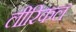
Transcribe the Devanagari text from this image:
लीरिकल